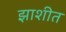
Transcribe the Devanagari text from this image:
झाशीत